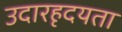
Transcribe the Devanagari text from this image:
उदारहृदयता